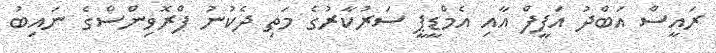
ރައީސް އަބްދު އަފީފް އާއި އެމްޑީޕީ ސަރުކާރުގެ މަތި ދެކުނު ޕްރޮވިންސްގެ ނައިބު